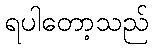
ရပါတော့သည်